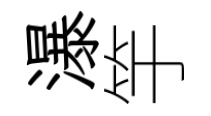
瀑竽